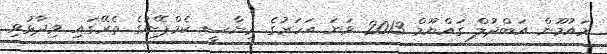
މައުމޫން އަބްދުލް ގައްޔޫމް 2013 ވަނަ އަހަރުގެ ރިޔާސީ ކެމްޕޭނުގެ ތެރޭގައި ވިދާޅުވި